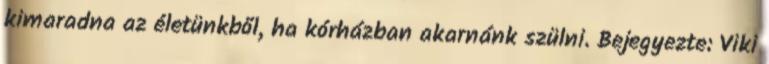
kimaradna az életünkből, ha kórházban akarnánk szülni. Bejegyezte: Viki